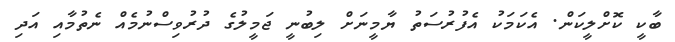
ބާކީ ކޮށްލީކަން. އެކަމަކު އެފުރުސަތު ޔާމީނަށް ލިބުނީ ޖަމީލުގެ ދުރުވިސްނުމެއް ނެތުމާއި އަދި